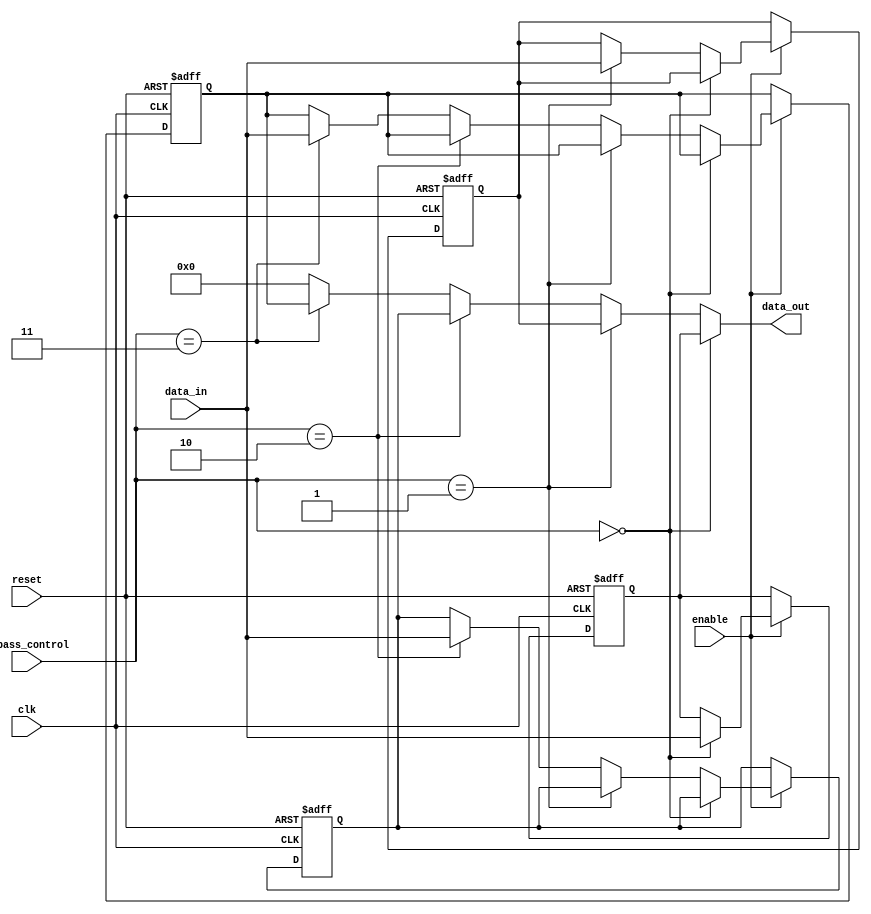
module Bypass_Registers (
    input wire clk,       // Clock signal
    input wire reset,     // Reset signal
    input wire enable,    // Enable signal
    input wire [3:0] bypass_control,  // Bypass control signals
    
    input wire [31:0] data_in,   // Input data
    
    output reg [31:0] data_out   // Output data
);

reg [31:0] reg1, reg2, reg3, reg4;  // Four separate registers

always @(posedge clk or posedge reset) begin
    if (reset) begin
        reg1 <= 0;
        reg2 <= 0;
        reg3 <= 0;
        reg4 <= 0;
    end else if (enable) begin
        if (bypass_control == 4'b0000) begin
            reg1 <= data_in;
        end else if (bypass_control == 4'b0001) begin
            reg2 <= data_in;
        end else if (bypass_control == 4'b0010) begin
            reg3 <= data_in;
        end else if (bypass_control == 4'b0011) begin
            reg4 <= data_in;
        end
    end
end

assign data_out = (bypass_control == 4'b0000) ? reg1 :
                  (bypass_control == 4'b0001) ? reg2 :
                  (bypass_control == 4'b0010) ? reg3 :
                  (bypass_control == 4'b0011) ? reg4 : 0;

endmodule